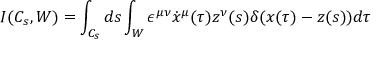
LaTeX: I ( C _ { s } , W ) = \int _ { C _ { s } } d s \int _ { W } \epsilon ^ { \mu \nu } \dot { x } ^ { \mu } ( \tau ) z ^ { \nu } ( s ) \delta ( x ( \tau ) - z ( s ) ) d \tau